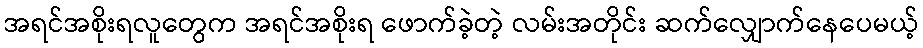
အရင်အစိုးရလူတွေက အရင်အစိုးရ ဖောက်ခဲ့တဲ့ လမ်းအတိုင်း ဆက်လျှောက်နေပေမယ့်